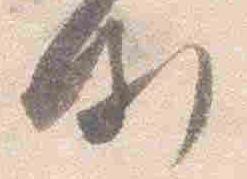
例